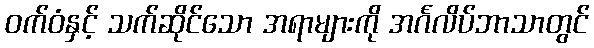
ဝက်ဝံနှင့် သက်ဆိုင်သော အရာများကို အင်္ဂလိပ်ဘာသာတွင်